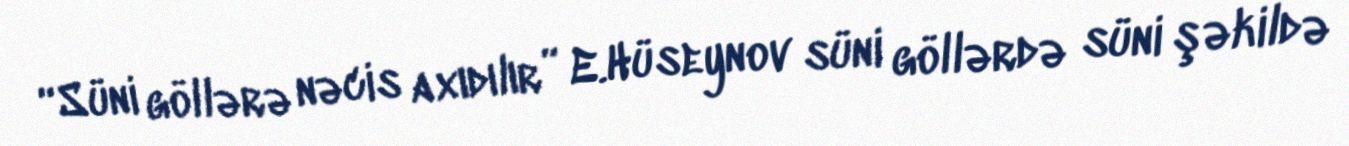
“Süni göllərə nəcis axıdılır” E.Hüseynov süni göllərdə süni şəkildə